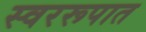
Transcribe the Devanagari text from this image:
स्वररूपात